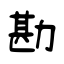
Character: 勘